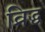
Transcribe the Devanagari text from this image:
व्रिद्ध